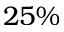
2 5 \%